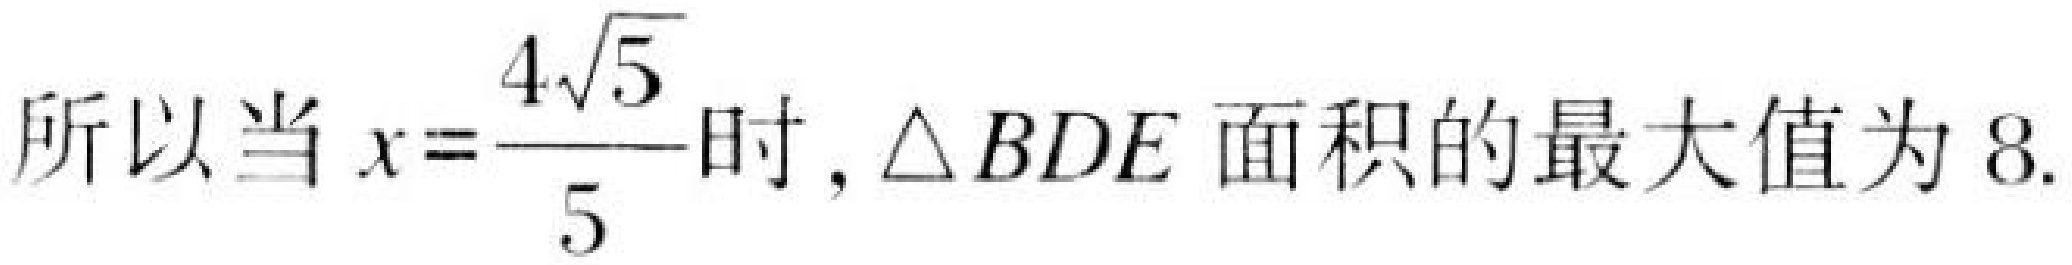
所以当$x = \frac{4\sqrt{5}}{5}$时，$\triangle BDE$面积的最大值为$8$.